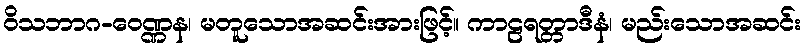
ဝိသဘာဂ-ဝေဏ္ဏန၊ မတူသောအဆင်းအားဖြင့်။ ကာဠရတ္တာဒီနံ၊ မည်းသောအဆင်း